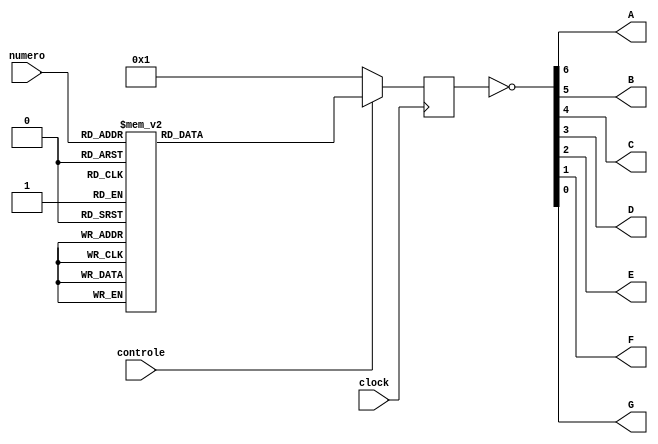
module sete_segmentos(numero, A, B, C, D, E, F, G, clock, controle);
	
	input clock, controle;
	input [3:0] numero;
	
	output A, B, C, D, E, F, G;
	
	reg [6:0] resultado;
	
	always @ (posedge clock) begin
		if(controle) begin
			case(numero)
				4'b0000: resultado = 7'b1111110;
				4'b0001: resultado = 7'b0110000;
				4'b0010: resultado = 7'b1101101;
				4'b0011: resultado = 7'b1111001;
				4'b0100: resultado = 7'b0110011;
				4'b0101: resultado = 7'b1011011;
				4'b0110: resultado = 7'b1011111;
				4'b0111: resultado = 7'b1110000;
				4'b1000: resultado = 7'b1111111;
				4'b1001: resultado = 7'b1111011;
				default: resultado=  7'b0000000;//0000001
			endcase
		end
		else begin
			resultado = 7'b0000001;
		end
	end
	
	assign {A, B, C, D, E, F, G} = ~resultado;

endmodule